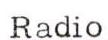
Radio